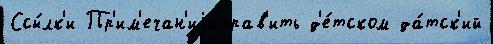
Ссы́лк'и Пр'им'ечан'иjаправ'ить д'е́тском да́тск'ий